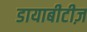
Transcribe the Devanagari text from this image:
डायाबीटीज़